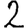
Digit: 2